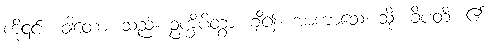
ကို၎င်း။ ဝါတော၊ သည်။ ဥက္ခိပိတွာ၊ ချီ၍။ အာကာသေ၊ သို့။ ခိပတိ၊ ၏။